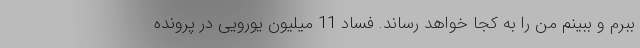
ببرم و ببینم من را به کجا خواهد رساند. فساد 11 میلیون یورویی در پرونده